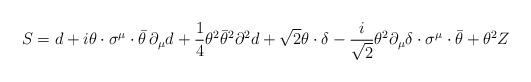
LaTeX: \begin{align*}S=d+i\theta\cdot\sigma^\mu\cdot\bar{\theta}\,\partial_\mu d+\frac{1}{4}\theta^2\bar{\theta}^2\partial^2 d+\sqrt{2}\theta\cdot\delta-\frac{i}{\sqrt{2}}\theta^2\partial_\mu\delta\cdot\sigma^\mu\cdot\bar{\theta}+\theta^2 Z\end{align*}